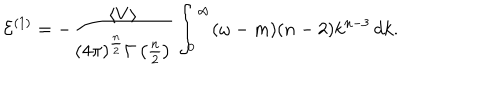
{ \cal E } ^ { ( 1 ) } = - \frac { \langle V \rangle } { ( 4 \pi ) ^ { \frac { n } { 2 } } \Gamma \left( \frac { n } { 2 } \right) } \int _ { 0 } ^ { \infty } ( \omega - m ) ( n - 2 ) k ^ { n - 3 } \, d k .